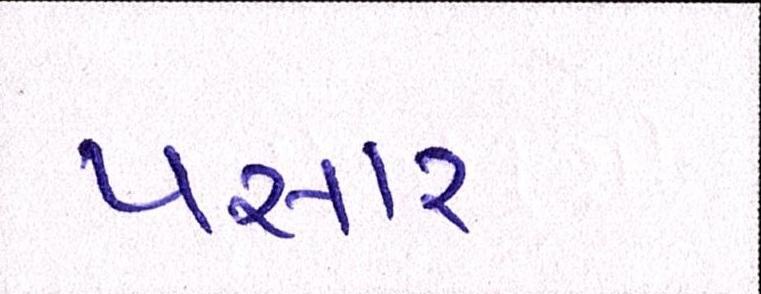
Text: પસાર